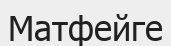
Матфейге